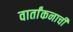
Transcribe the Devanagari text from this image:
वार्तांकनाची